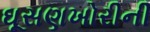
ઘૂસણખોરીની